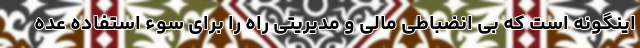
اینگونه است که بی انضباطی مالی و مدیریتی راه را برای سوء استفاده عده